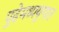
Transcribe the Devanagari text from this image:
पुढेमध्ययुगात